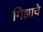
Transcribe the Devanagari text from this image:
गिझाचे